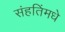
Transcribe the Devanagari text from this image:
संहतिंमधे